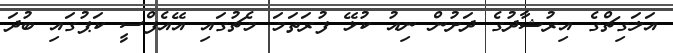
އަލަގިޗްގެ އިރުޝާދުގެ ދަށުން ނިއު ކުޅޭ ފުރަތަމަ މެޗުގައި އޭއެފްސީ ކަޕުގައި ބުދަ